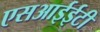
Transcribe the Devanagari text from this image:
एसआईईटी